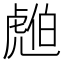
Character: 𧇚